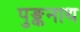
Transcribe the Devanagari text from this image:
पुङ्कनाथ